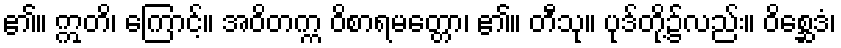
၏။ ဣတိ၊ ကြောင့်။ အဝိတက္က ဝိစာရမတ္တော၊ ၏။ တီသု။ ပုဒ်တို့၌လည်း။ ဝိစ္ဆေဒံ၊